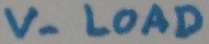
Text: V- LOAD